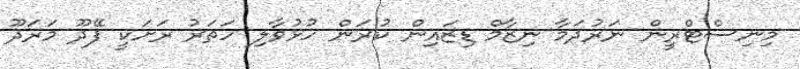
މިނިސްޓްރީން ނަރުދަމާ ނިޒާމް ޑިޒައިން ކުރަން ހުޅުވާލި ހަތަރު ރަށަކީ ފޭދޫ މަރަދޫ